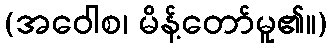
(အဝေါစ၊ မိန့်တော်မူ၏။)